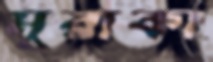
মুরাকা